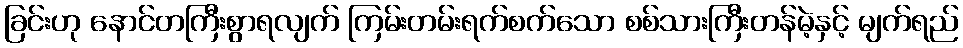
ခြင်းဟု နောင်တကြီးစွာရလျက် ကြမ်းတမ်းရက်စက်သော စစ်သားကြီးတန်မဲ့နှင့် မျက်ရည်